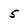
Character: 5